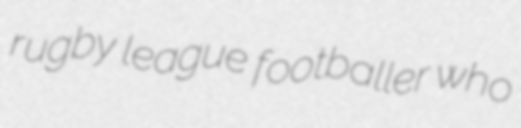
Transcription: rugby league footballer who